Indian journal of veterinary science and animal husbandry - Volume 3,
Year: 1933
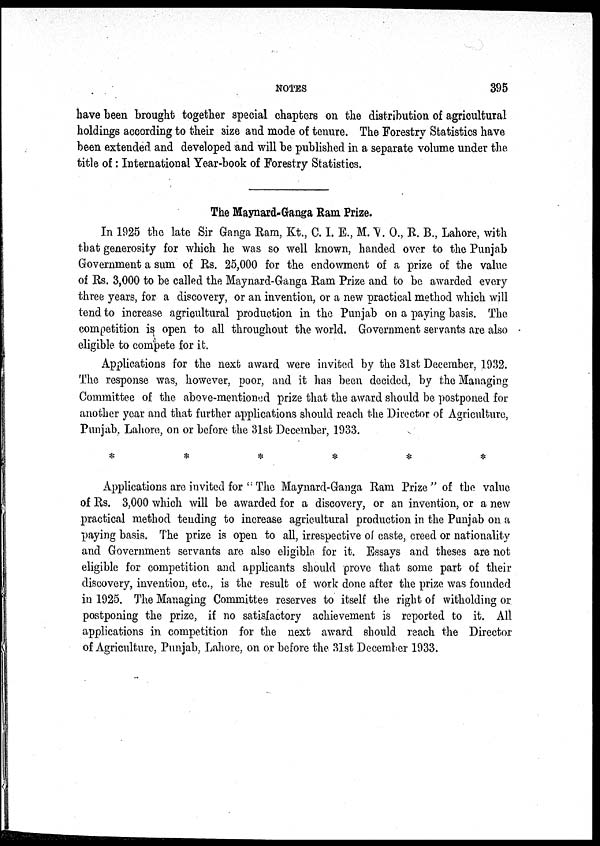
NOTES
395
have been brought together special chapters on the distribution of agricultural
holdings according to their size and mode of tenure. The Forestry Statistics have
been extended and developed and will be published in a separate volume under the
title of: International Year-book of Forestry Statistics.
The Maynard-Ganga Ram Prize.
In 1925 the late Sir Ganga Ram, Kt., C. I. E., M. V. O., R. B., Lahore, with
that generosity for which he was so well known, handed over to the Punjab
Government a sum of Rs. 25,000 for the endowment of a prize of the value
of Rs. 3,000 to be called the Maynard-Ganga Ram Prize and to be awarded every
three years, for a discovery, or an invention, or a new practical method which will
tend to increase, agricultural production in the Punjab on a paying basis. The
competition is open to all throughout the world. Government servants are also
eligible to compete for it.
Applications for the next award were invited by the 31st December, 1932.
The response was, however, poor, and it has been decided, by the Managing
Committee of the above-mentioned prize that the award should be postponed for
another year and that further applications should reach the Director of Agriculture,
Punjab, Lahore, on or before the 31st December, 1933.
*
*
*
*
*
*
Applications are invited for " The Maynard-Ganga Ram Prize " of the value
of Rs. 3,000 which will be awarded for a discovery, or an invention, or a new
practical method tending to increase agricultural production in the Punjab on a
paying basis. The prize is open to all, irrespective of caste, creed or nationality
and Government servants are also eligible for it. Essays and theses are not
eligible for competition and applicants should prove that some part of their
discovery, invention, etc., is the result of work done after the prize was founded
in 1925. The Managing Committee reserves to itself the right of witholding or
postponing the prize, if no satisfactory achievement is reported to it. All
applications in competition for the next award should reach the Director
of Agriculture, Punjab, Lahore, on or before the 31st December 1933.